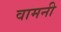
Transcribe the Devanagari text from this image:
वामनी